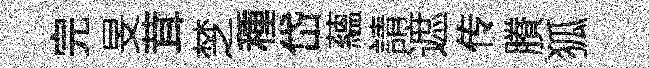
完旻茸椘種岱蘊請遮传賸狐